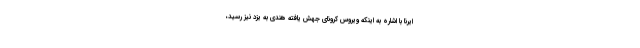
ایرنا با اشاره به اینکه ویروس کرونای جهش یافته هندی به یزد نیز رسید،